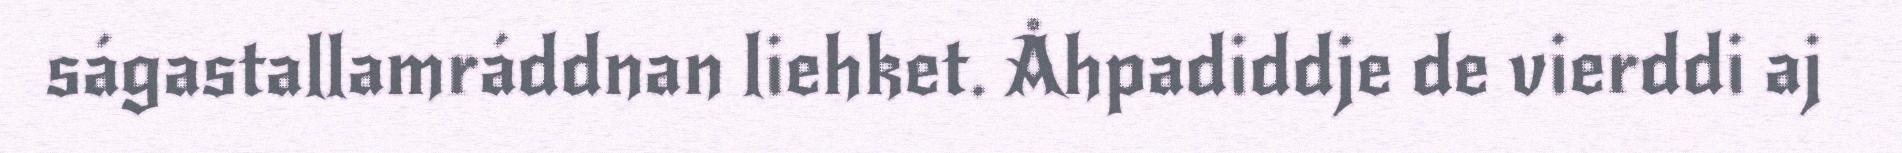
ságastallamráddnan liehket. Åhpadiddje de vierddi aj